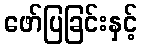
ဖော်ပြခြင်းနှင့်